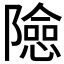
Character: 𨼶